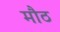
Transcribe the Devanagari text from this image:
मौठ